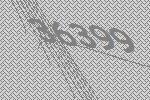
36399